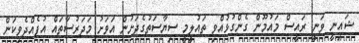
ޝައިނީ ވަނީ ރައީސް މައުމޫން ގެންގުޅުއްވި ތައުލީމީ ސިޔާސަތުގެދަށުން އަވަށު މަދަރުސާތައް އުފެއްދެވިކަން